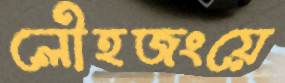
লৌহজংয়ে